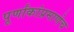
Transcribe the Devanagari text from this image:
पूर्णांकांप्रमाणेच